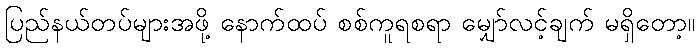
ပြည်နယ်တပ်များအဖို့ နောက်ထပ် စစ်ကူရစရာ မျှော်လင့်ချက် မရှိတော့။